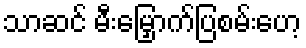
သာဆင် မီးမြှောက်ပြစမ်းဟေ့